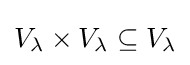
V_{\lambda }\times V_{\lambda }\subseteq V_{\lambda }